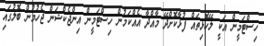
ހިސްޓަމީން އަކީ ލޭހޮޅިތައް ފުޅާކޮށްދޭ މާއްދާ އެއްކަމުން ހިސްޓަމީން އިންޖެކްޝަން ޖެހުމުން ބޮލުގައި